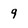
Character: q